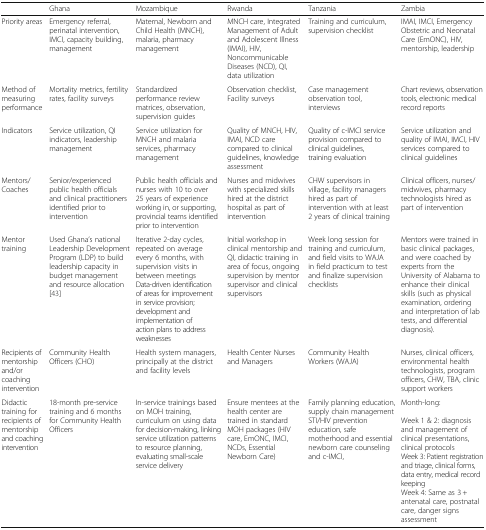
<table><thead><tr><td></td><td><b>Ghana</b></td><td><b>Mozambique</b></td><td><b>Rwanda</b></td><td><b>Tanzania</b></td><td><b>Zambia</b></td></tr></thead><tbody><tr><td>Priority areas</td><td>Emergency referral, perinatal intervention, IMCI, capacity building, management</td><td>Maternal, Newborn and Child Health (MNCH), malaria, pharmacy management</td><td>MNCH care, Integrated Management of Adult and Adolescent Illness (IMAI), HIV, Noncommunicable Diseases (NCD), QI, data utilization</td><td>Training and curriculum, supervision checklist</td><td>IMAI, IMCI, Emergency Obstetric and Neonatal Care (EmONC), HIV, mentorship, leadership</td></tr><tr><td>Method of measuring performance</td><td>Mortality metrics, fertility rates, facility surveys</td><td>Standardized performance review matrices, observation, supervision guides</td><td>Observation checklist, Facility surveys</td><td>Case management observation tool, interviews</td><td>Chart reviews, observation tools, electronic medical record reports</td></tr><tr><td>Indicators</td><td>Service utilization, QI indicators, leadership management</td><td>Service utilization for MNCH and malaria services, pharmacy management</td><td>Quality of MNCH, HIV, IMAI, NCD care compared to clinical guidelines, knowledge assessment</td><td>Quality of c-IMCI service provision compared to clinical guidelines, training evaluation</td><td>Service utilization and quality of IMAI, IMCI, HIV services compared to clinical guidelines</td></tr><tr><td>Mentors/Coaches</td><td>Senior/experienced public health officials and clinical practitioners identified prior to intervention</td><td>Public health officials and nurses with 10 to over 25 years of experience working in, or supporting, provincial teams identified prior to intervention</td><td>Nurses and midwives with specialized skills hired at the district hospital as part of intervention</td><td>CHW supervisors in village, facility managers hired as part of intervention with at least 2 years of clinical training</td><td>Clinical officers, nurses/midwives, pharmacy technologists hired as part of intervention</td></tr><tr><td>Mentor training</td><td>Used Ghana’s national Leadership Development Program (LDP) to build leadership capacity in budget management and resource allocation [43]</td><td>Iterative 2-day cycles, repeated on average every 6 months, with supervision visits in between meetingsData-driven identification of areas for improvement in service provision; development and implementation of action plans to address weaknesses</td><td>Initial workshop in clinical mentorship and QI, didactic training in area of focus, ongoing supervision by mentor supervisor and clinical supervisors</td><td>Week long session for training and curriculum, and field visits to WAJA in field practicum to test and finalize supervision checklists</td><td>Mentors were trained in basic clinical packages, and were coached by experts from the University of Alabama to enhance their clinical skills (such as physical examination, ordering and interpretation of lab tests, and differential diagnosis).</td></tr><tr><td>Recipients of mentorship and/or coaching intervention</td><td>Community Health Officers (CHO)</td><td>Health system managers, principally at the district and facility levels</td><td>Health Center Nurses and Managers</td><td>Community Health Workers (WAJA)</td><td>Nurses, clinical officers, environmental health technologists, program officers, CHW, TBA, clinic support workers</td></tr><tr><td>Didactic training for recipients of mentorship and coaching intervention</td><td>18-month pre-service training and 6 months for Community Health Officers</td><td>In-service trainings based on MOH training, curriculum on using data for decision-making, linking service utilization patterns to resource planning, evaluating small-scale service delivery</td><td>Ensure mentees at the health center are trained in standard MOH packages (HIV care, EmONC, IMCI, NCDs, Essential Newborn Care)</td><td>Family planning education, supply chain management STI/HIV prevention education, safe motherhood and essential newborn care counseling and c-IMCI,</td><td>Month-long:Week 1 &amp; 2: diagnosis and management of clinical presentations, clinical protocolsWeek 3: Patient registration and triage, clinical forms, data entry, medical record keepingWeek 4: Same as 3 + antenatal care, postnatal care, danger signs assessment</td></tr></tbody></table>